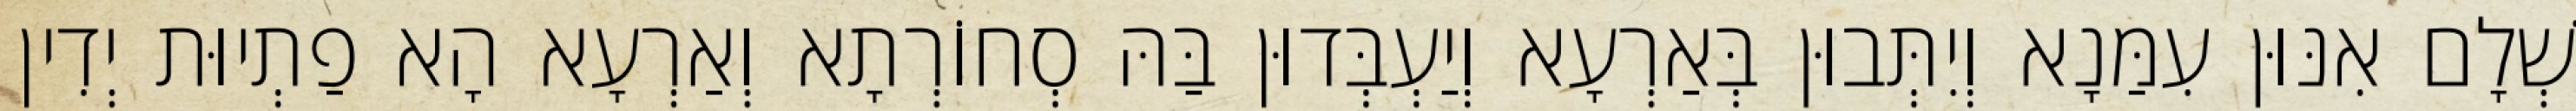
שְׁלָם אִנּוּן עִמַּנָא וְיִתְּבוּן בְּאַרְעָא וְיַעְבְּדוּן בַּהּ סְחוֹרְתָא וְאַרְעָא הָא פַתְיוּת יְדִין